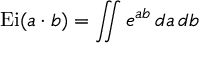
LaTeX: \operatorname { E i } ( a \cdot b ) = \iint e ^ { a b } \, d a \, d b